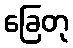
ခြေတု